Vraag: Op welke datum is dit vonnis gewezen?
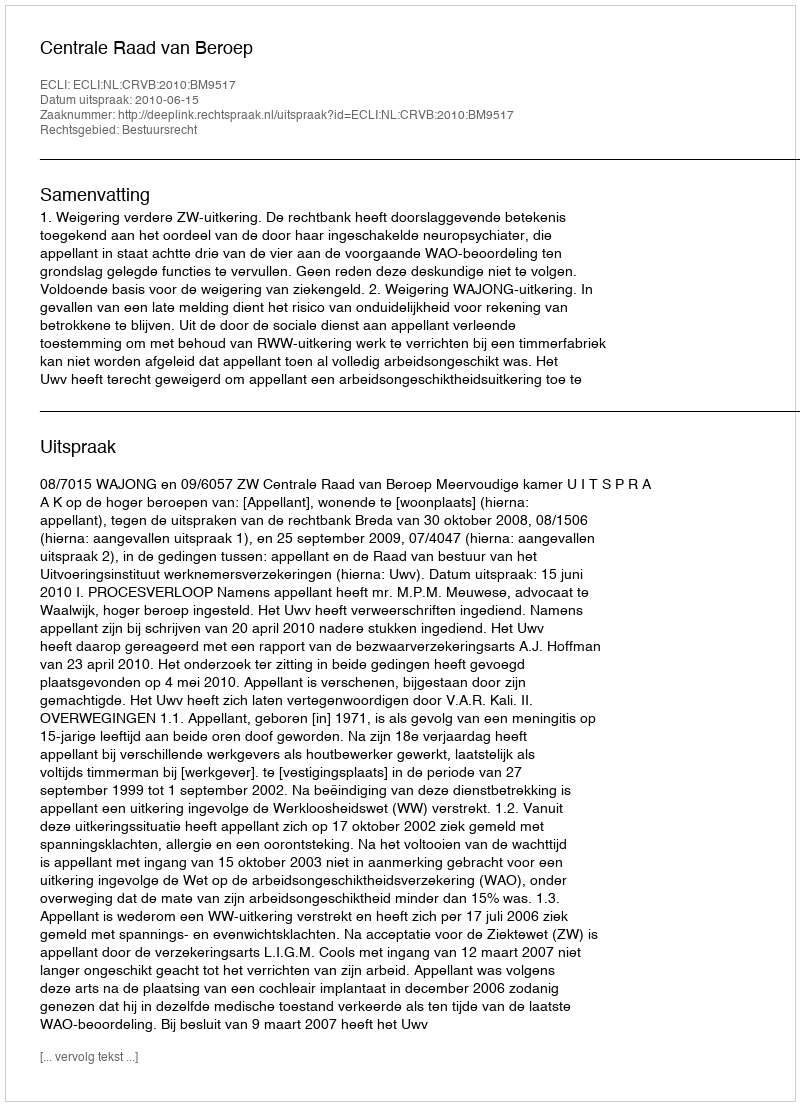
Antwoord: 2010-06-15